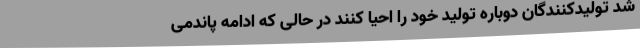
شد تولیدکنندگان دوباره تولید خود را احیا کنند در حالی که ادامه پاندمی